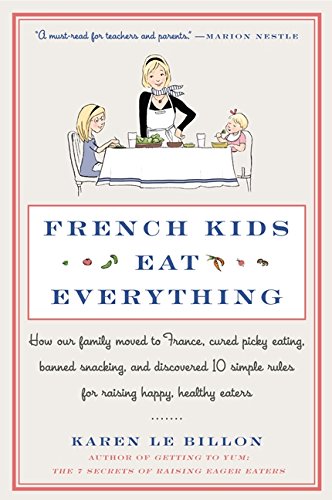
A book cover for French Kids Eat Everything: How Our Family Moved to France, Cured Picky Eating, Banned Snacking, and Discovered 10 Simple Rules for Raising Happy, Healthy Eaters; Karen Le Billon; Cookbooks, Food & Wine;